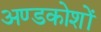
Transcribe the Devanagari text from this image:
अण्डकोशों